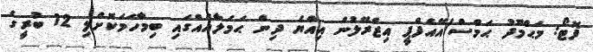
ފޮޓޯ: މަޙްމޫދު ޙަމްސް/އޭއެފްޕީ އިޒްރޭލުން އިއްޔެ ދިން ޙަމަލާއެއްގައި ބިމާހަމަކޮށްލި 12 ބުރީގެ